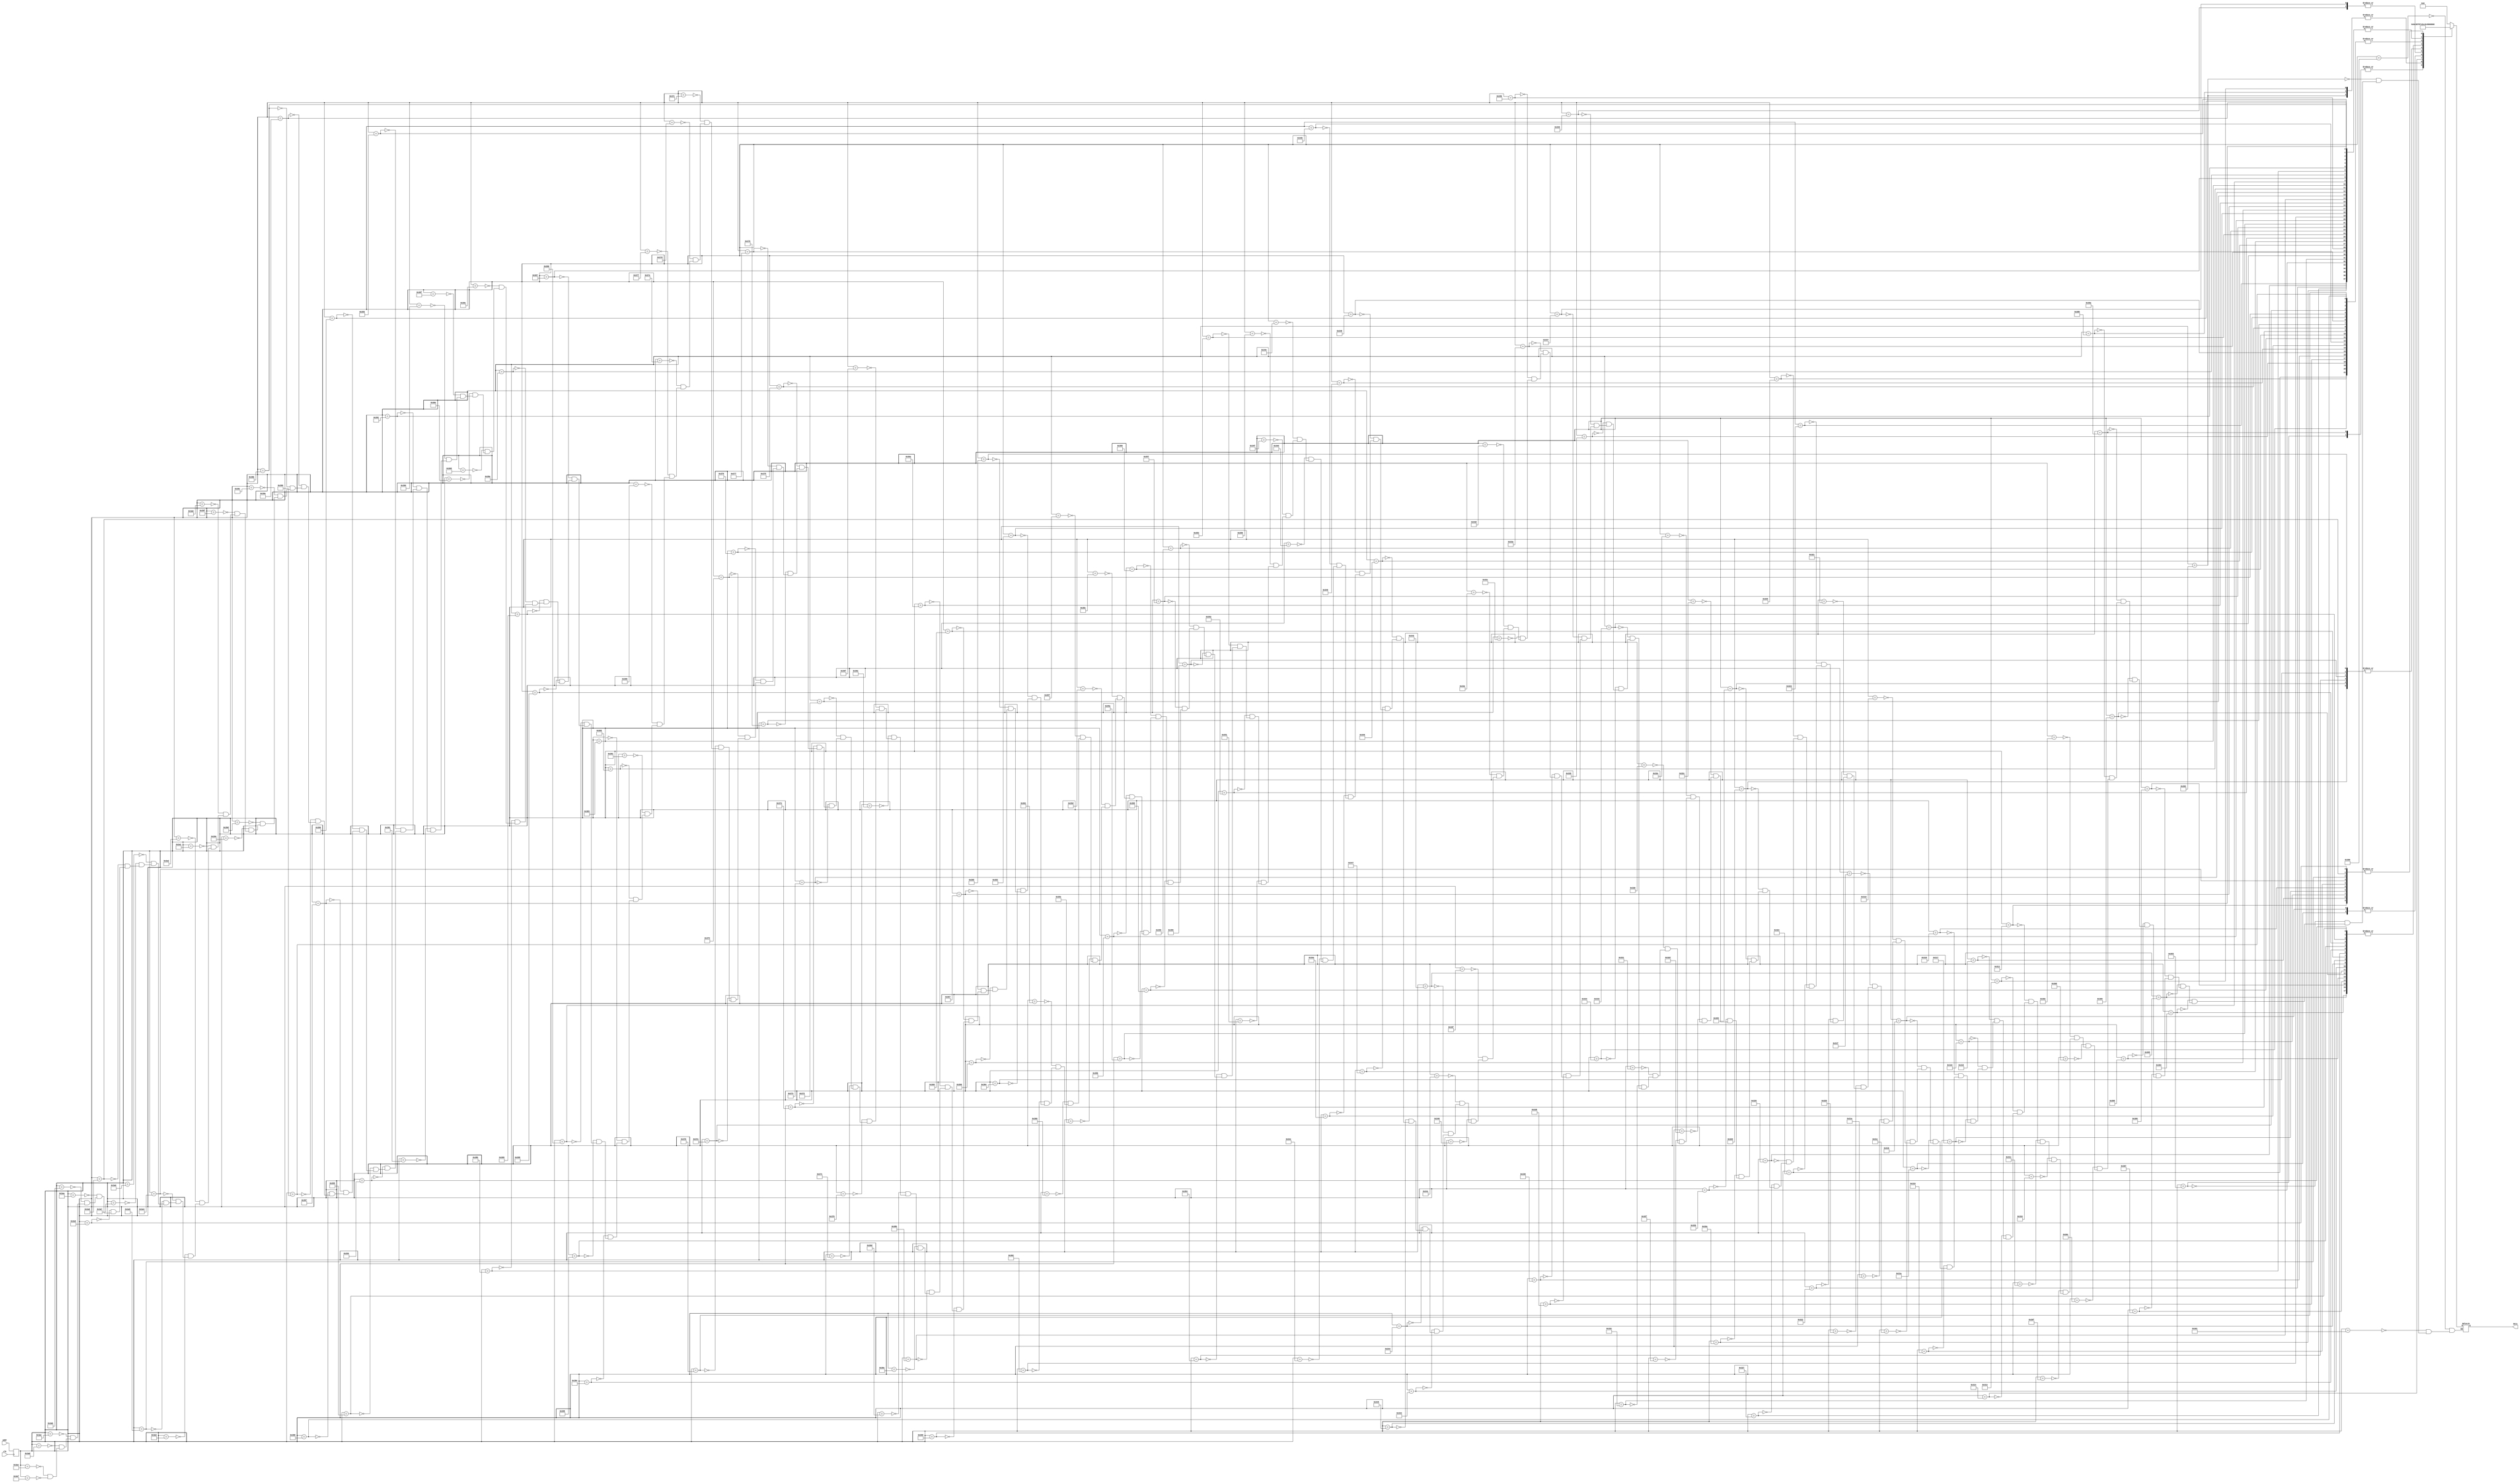

`timescale 1ns /1ps
///////////////////////////////////////////////////////////////////
// Authored by David J. Marion aka FPGA Dude
// Created on 4/11/2022
//
// Description: ROM containing 8x16 ascii characters 0-9 and :
// for the VGA Clock
///////////////////////////////////////////////////////////////////

module clock_digit_rom(
	input clk, 
	input wire [10:0] addr,
	output reg [7:0] data
	);

	(* rom_style = "block" *)	// Infer BRAM

	reg [10:0] addr_reg;
	
	always @(posedge clk)
		addr_reg <= addr;
		
	always @*
		case(addr_reg)
			// code x30 (0)
			11'h300: data = 8'b00000000;	//
			11'h301: data = 8'b00000000;	//
			11'h302: data = 8'b00111000;	//  ***  
			11'h303: data = 8'b01101100;	// ** **
			11'h304: data = 8'b11000110;	//**   **
			11'h305: data = 8'b11000110;	//**   **
			11'h306: data = 8'b11000110;	//**   **
			11'h307: data = 8'b11000110;	//**   **
			11'h308: data = 8'b11000110;	//**   **
			11'h309: data = 8'b11000110;	//**   **
			11'h30a: data = 8'b01101100;	// ** **
			11'h30b: data = 8'b00111000;	//  ***
			11'h30c: data = 8'b00000000;	//
			11'h30d: data = 8'b00000000;	//
			11'h30e: data = 8'b00000000;	//
			11'h30f: data = 8'b00000000;	//
			// code x31 (1)
			11'h310: data = 8'b00000000;	//
			11'h311: data = 8'b00000000;	//
			11'h312: data = 8'b00011000;	//   **  
			11'h313: data = 8'b00111000;	//  ***
			11'h314: data = 8'b01111000;	// ****
			11'h315: data = 8'b00011000;	//   **
			11'h316: data = 8'b00011000;	//   **
			11'h317: data = 8'b00011000;	//   **
			11'h318: data = 8'b00011000;	//   **
			11'h319: data = 8'b00011000;	//   **
			11'h31a: data = 8'b01111110;	// ******
			11'h31b: data = 8'b01111110;	// ******
			11'h31c: data = 8'b00000000;	//
			11'h31d: data = 8'b00000000;	//
			11'h31e: data = 8'b00000000;	//
			11'h31f: data = 8'b00000000;	//
			// code x32 (2)
			11'h320: data = 8'b00000000;	//
			11'h321: data = 8'b00000000;	//
			11'h322: data = 8'b11111110;	//*******  
			11'h323: data = 8'b11111110;	//*******
			11'h324: data = 8'b00000110;	//     **
			11'h325: data = 8'b00000110;	//     **
			11'h326: data = 8'b11111110;	//*******
			11'h327: data = 8'b11111110;	//*******
			11'h328: data = 8'b11000000;	//**
			11'h329: data = 8'b11000000;	//**
			11'h32a: data = 8'b11111110;	//*******
			11'h32b: data = 8'b11111110;	//*******
			11'h32c: data = 8'b00000000;	//
			11'h32d: data = 8'b00000000;	//
			11'h32e: data = 8'b00000000;	//
			11'h32f: data = 8'b00000000;	//
			// code x33 (3)
			11'h330: data = 8'b00000000;	//
			11'h331: data = 8'b00000000;	//
			11'h332: data = 8'b11111110;	//*******  
			11'h333: data = 8'b11111110;	//*******
			11'h334: data = 8'b00000110;	//     **
			11'h335: data = 8'b00000110;	//     **
			11'h336: data = 8'b00111110;	//  *****
			11'h337: data = 8'b00111110;	//  *****
			11'h338: data = 8'b00000110;	//     **
			11'h339: data = 8'b00000110;	//     **
			11'h33a: data = 8'b11111110;	//*******
			11'h33b: data = 8'b11111110;	//*******
			11'h33c: data = 8'b00000000;	//
			11'h33d: data = 8'b00000000;	//
			11'h33e: data = 8'b00000000;	//
			11'h33f: data = 8'b00000000;	//
			// code x34 (4)
			11'h340: data = 8'b00000000;	//
			11'h341: data = 8'b00000000;	//
			11'h342: data = 8'b11000110;	//**   **  
			11'h343: data = 8'b11000110;	//**   **
			11'h344: data = 8'b11000110;	//**   **
			11'h345: data = 8'b11000110;	//**   **
			11'h346: data = 8'b11111110;	//*******
			11'h347: data = 8'b11111110;	//*******
			11'h348: data = 8'b00000110;	//     **
			11'h349: data = 8'b00000110;	//     **
			11'h34a: data = 8'b00000110;	//     **
			11'h34b: data = 8'b00000110;	//     **
			11'h34c: data = 8'b00000000;	//
			11'h34d: data = 8'b00000000;	//
			11'h34e: data = 8'b00000000;	//
			11'h34f: data = 8'b00000000;	//
			// code x35 (5)
			11'h350: data = 8'b00000000;	//
			11'h351: data = 8'b00000000;	//
			11'h352: data = 8'b11111110;	//*******  
			11'h353: data = 8'b11111110;	//*******
			11'h354: data = 8'b11000000;	//**
			11'h355: data = 8'b11000000;	//**
			11'h356: data = 8'b11111110;	//*******
			11'h357: data = 8'b11111110;	//*******
			11'h358: data = 8'b00000110;	//     **
			11'h359: data = 8'b00000110;	//     **
			11'h35a: data = 8'b11111110;	//*******
			11'h35b: data = 8'b11111110;	//*******
			11'h35c: data = 8'b00000000;	//
			11'h35d: data = 8'b00000000;	//
			11'h35e: data = 8'b00000000;	//
			11'h35f: data = 8'b00000000;	//
			// code x36 (6)
			11'h360: data = 8'b00000000;	//
			11'h361: data = 8'b00000000;	//
			11'h362: data = 8'b11111110;	//*******  
			11'h363: data = 8'b11111110;	//*******
			11'h364: data = 8'b11000000;	//**
			11'h365: data = 8'b11000000;	//**
			11'h366: data = 8'b11111110;	//*******
			11'h367: data = 8'b11111110;	//*******
			11'h368: data = 8'b11000110;	//**   **
			11'h369: data = 8'b11000110;	//**   **
			11'h36a: data = 8'b11111110;	//*******
			11'h36b: data = 8'b11111110;	//*******
			11'h36c: data = 8'b00000000;	//
			11'h36d: data = 8'b00000000;	//
			11'h36e: data = 8'b00000000;	//
			11'h36f: data = 8'b00000000;	//
			// code x37 (7)
			11'h370: data = 8'b00000000;	//
			11'h371: data = 8'b00000000;	//
			11'h372: data = 8'b11111110;	//*******  
			11'h373: data = 8'b11111110;	//*******
			11'h374: data = 8'b00000110;	//     **
			11'h375: data = 8'b00000110;	//     **
			11'h376: data = 8'b00000110;	//     **
			11'h377: data = 8'b00000110;	//     **
			11'h378: data = 8'b00000110;	//     **
			11'h379: data = 8'b00000110;	//     **
			11'h37a: data = 8'b00000110;	//     **
			11'h37b: data = 8'b00000110;	//     **
			11'h37c: data = 8'b00000000;	//
			11'h37d: data = 8'b00000000;	//
			11'h37e: data = 8'b00000000;	//
			11'h37f: data = 8'b00000000;	//
			// code x38 (8)
			11'h380: data = 8'b00000000;	//
			11'h381: data = 8'b00000000;	//
			11'h382: data = 8'b11111110;	//*******  
			11'h383: data = 8'b11111110;	//*******
			11'h384: data = 8'b11000110;	//**   **
			11'h385: data = 8'b11000110;	//**   **
			11'h386: data = 8'b11111110;	//*******
			11'h387: data = 8'b11111110;	//*******
			11'h388: data = 8'b11000110;	//**   **
			11'h389: data = 8'b11000110;	//**   **
			11'h38a: data = 8'b11111110;	//*******
			11'h38b: data = 8'b11111110;	//*******
			11'h38c: data = 8'b00000000;	//
			11'h38d: data = 8'b00000000;	//
			11'h38e: data = 8'b00000000;	//
			11'h38f: data = 8'b00000000;	//
			// code x39 (9)
			11'h390: data = 8'b00000000;	//
			11'h391: data = 8'b00000000;	//
			11'h392: data = 8'b11111110;	//*******  
			11'h393: data = 8'b11111110;	//*******
			11'h394: data = 8'b11000110;	//**   **
			11'h395: data = 8'b11000110;	//**   **
			11'h396: data = 8'b11111110;	//*******
			11'h397: data = 8'b11111110;	//*******
			11'h398: data = 8'b00000110;	//     **
			11'h399: data = 8'b00000110;	//     **
			11'h39a: data = 8'b11111110;	//*******
			11'h39b: data = 8'b11111110;	//*******
			11'h39c: data = 8'b00000000;	//
			11'h39d: data = 8'b00000000;	//
			11'h39e: data = 8'b00000000;	//
			11'h39f: data = 8'b00000000;	//
    		// code x3a (:)
			11'h3a0: data = 8'b00000000;	//
			11'h3a1: data = 8'b00000000;	//
			11'h3a2: data = 8'b00000000;	//
			11'h3a3: data = 8'b00000000;	//
			11'h3a4: data = 8'b00011000;	//   **
			11'h3a5: data = 8'b00011000;	//   **
			11'h3a6: data = 8'b00000000;	//
			11'h3a7: data = 8'b00000000;	//
			11'h3a8: data = 8'b00011000;	//   **
			11'h3a9: data = 8'b00011000;	//   **
			11'h3aa: data = 8'b00000000;	//   
			11'h3ab: data = 8'b00000000;	//   
			11'h3ac: data = 8'b00000000;	//
			11'h3ad: data = 8'b00000000;	//
			11'h3ae: data = 8'b00000000;	//
			11'h3af: data = 8'b00000000;	//
		endcase
	
endmodule